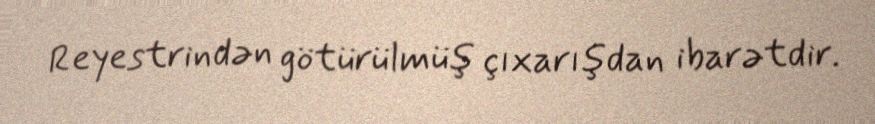
Reyestrindən götürülmüş çıxarışdan ibarətdir.